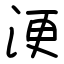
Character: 浭